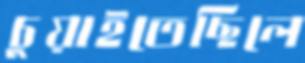
চুয়াইতেছিলে